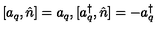
[ a _ { q } , \hat { n } ] = a _ { q } , [ a _ { q } ^ { \dag } , \hat { n } ] = - a _ { q } ^ { \dag }